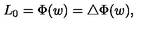
L _ { 0 } = \Phi ( w ) = \bigtriangleup \Phi ( w ) ,